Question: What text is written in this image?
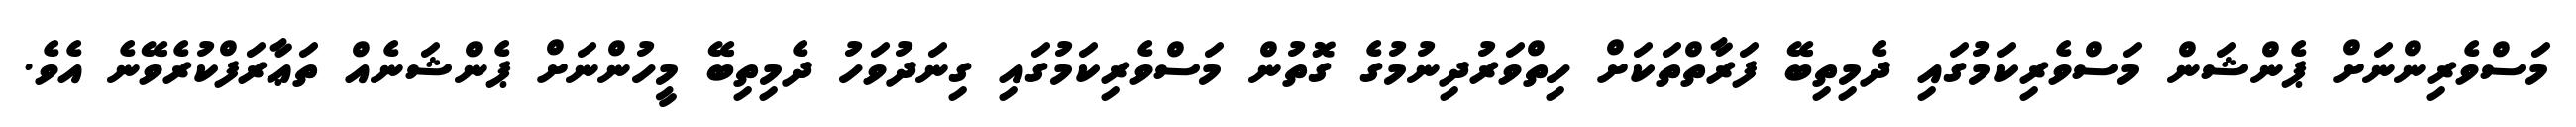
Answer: މަސްވެރިންނަށް ޕެންޝަން މަސްވެރިކަމުގައި ދެމިތިބޭ ފަރާތްތަކަށް ހިތްވަރުދިނުމުގެ ގޮތުން މަސްވެރިކަމުގައި ގިނަދުވަހު ދެމިތިބޭ މީހުންނަށް ޕެންޝަނެއް ތަޢާރަފްކުރެވޭނެ އެވެ.